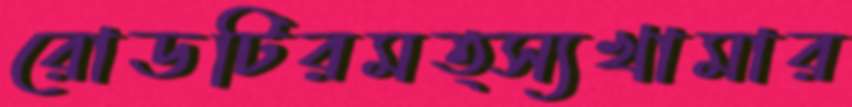
রোডটিরমত্স্যখামার